Vaccination in Burma 1889-1999 - 1889-1999
Year: 1889
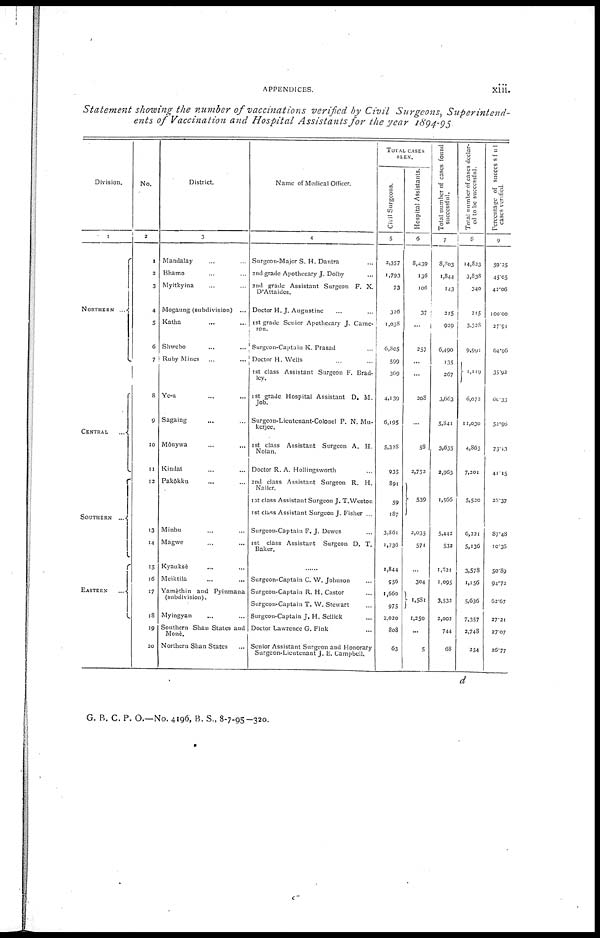
APPENDICES.
xiii.
Statement showing the number of vaccinations verified by Civil Surgeons,
Superintend-
ents of Vaccination and Hospital Assistants for the year 1894-95.
Division.
1
NORTHERN
...
CENTRAL ...
SOUTHERN
...
EASTERN ...
No.
2
1
2
3
4
5
6
7
8
9
10
11
12
13
14
15
16
17
18
19
20
District.
3
Mandalay ... ...
Bhamo ... ...
Myitkyina ... ...
Mogaung (subdivision) ...
Katha ... ...
Shwebo ... ...
Raby Mines ... ...
Ye-u ... ...
Sagaing ... ...
Mônywa ... ...
Kindat ... ...
Pakokku ... ...
Minbu ... ...
Magwe ... ...
Kyauksè ... ...
Meiktila ... ...
Yamèthin and Pyinmana
(subdivision).
Myingyan ... ...
Southern Shan States and
Monè.
Northern Shan States ...
Name of Medical Officer.
4
Surgeon-Major S. H. Dantra ...
2nd grade Apothecary J. Dolby ...
2nd grade Assistant Surgeon F. X.
D'Attaides.
Doctor H. J. Augustine ... ...
1st grade Senior Apothecary J. Came-
ron.
Surgeon-Captain K. Prasad ...
Doctor H. Wells ...
1st class Assistant Surgeon F. Brad-
ley.
1st grade Hospital Assistant D. M.
Job.
Surgeon-Licutcnant-Colonel P. N. Mu-
kerjee.
1st class Assistant Surgeon A. H.
Nolan.
Doctor R. A. Hollingsworth ...
2nd class Assistant Surgeon R. H.
Nailer.
1st class Assistant Surgeon J. T.Weston
1st class Assistant Surgeon J. Fisher ...
Surgeon-Captain F. J. Dewes ...
1st class Assistant Surgeon D. T.
Baker.
Surgeon-Captain C. W. Johnson ...
Surgeon-Captain R. H. Castor ...
Surgeon-Captain T. W. Stewart ...
Surgeon-Captain J. H. Scllick ...
Doctor Lawrence G. Fink ...
Senior Assistant Surgeon and Honorary
Surgeon-Lieutenant J. E. Campbell.
TOTAL CASES
SEEN.
Civil Surgeons.
5
2,357
1,793
73
326
1,038
6,805
599
369
4,139
6,195
5,328
935
891
59
187
3,861
1,736
1,844
956
1,660
975
2,020
808
63
Hospital Assistants.
6
8,439
136
106
37
...
257
...
...
208
...
58
2,752
539
2,035
57
...
304
1,581
1,250
...
5
Total number of cases found
successful.
7
8,803
1,844
143
215
929
6,490
135
267
3,663
5,841
3,655
3,963
1,566
5,442
532
1,831
1,095
3,532
2,002
744
68
Total number of cases declar-
ed to be successful.
8
14,823
3,838
340
215
3,328
9,991
1,119
6,072
11,030
4,865
7,201
5,520
6,221
5,136
3,578
1,156
5,636
7,357
2,748
254
Percentage of succcssfu1
cases verified.
9
59.25
45.05
42.06
100.00
27.91
64.96
35.92
60.33
52.96
75.13
41.15
28.37
87.48
10.36
50.89
94.72
62.67
27.21
27.07
26.77
d
G. B. C. P. O.—No. 4196, B. S., 8-7-95-320.